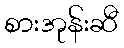
စားအုန်းဆီ